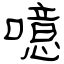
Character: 噫